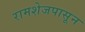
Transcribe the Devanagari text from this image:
रामशेजपासून